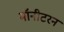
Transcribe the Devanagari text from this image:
मॉनीटरन